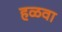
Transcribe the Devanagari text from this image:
हळवा